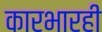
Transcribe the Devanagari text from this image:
कारभारही